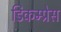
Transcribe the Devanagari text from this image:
डिकम्प्रेस